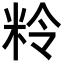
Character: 𥹕